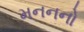
મનનનો